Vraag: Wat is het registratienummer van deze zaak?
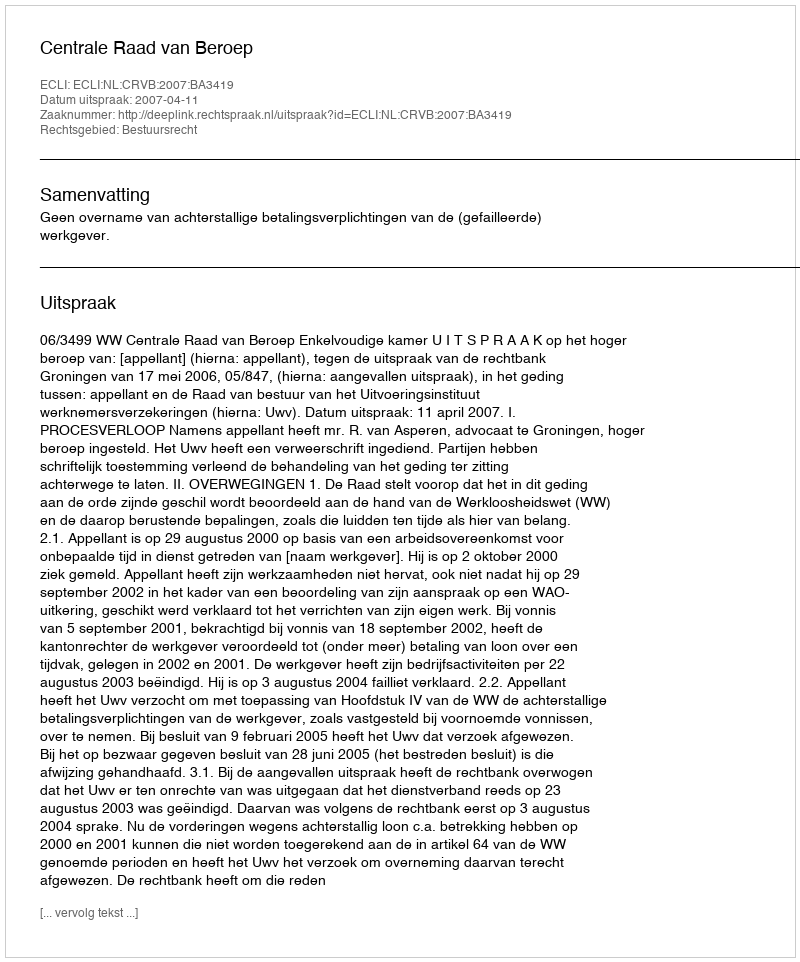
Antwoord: http://deeplink.rechtspraak.nl/uitspraak?id=ECLI:NL:CRVB:2007:BA3419